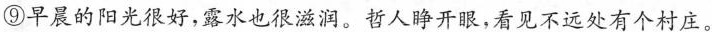
⑨早晨的阳光很好，露水也很滋润。哲人睁开眼，看见不远处有个村庄。?请结合生活实际谈一谈。(4分)